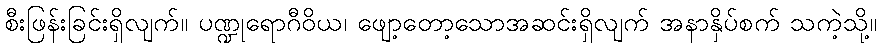
စီးဖြန်းခြင်းရှိလျက်။ ပဏ္ဍုရောဂီဝိယ၊ ဖျော့တော့သောအဆင်းရှိလျက် အနာနှိပ်စက် သကဲ့သို့။